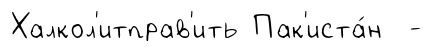
Халкол'итправ'ить Пак'иста́н -